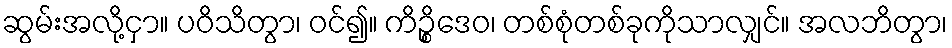
ဆွမ်းအလို့ငှာ။ ပဝိသိတွာ၊ ဝင်၍။ ကိဉ္စိဒေဝ၊ တစ်စုံတစ်ခုကိုသာလျှင်။ အလဘိတွာ၊